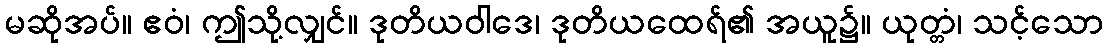
မဆိုအပ်။ ဧဝံ၊ ဤသို့လျှင်။ ဒုတိယဝါဒေ၊ ဒုတိယထေရ်၏ အယူ၌။ ယုတ္တံ၊ သင့်သော